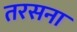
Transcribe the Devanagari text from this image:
तरसना